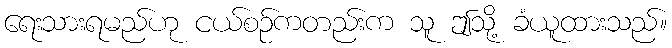
ရေးသားရမည်ဟု ငယ်စဉ်ကတည်းက သူ ဤသို့ ခံယူထားသည်။